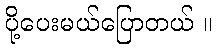
ပို့ပေးမယ်ပြောတယ် ။